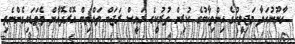
ގާނޫނުހަދާ މަޖިލީހުގެ އިންތިޚާބުގެ ކުރިން ތުރުކީގެ ރައީސް ރަޖަބް ތައްޔިބް އޮރްދޮޣާން ވެވަޑައިގެންނެވި